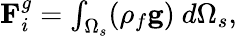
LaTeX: \begin{array}{r}{\textbf{F}_{i}^{g}=\int_{\Omega_{s}}(\rho_{f}\textbf{g})~d\Omega_{s},}\end{array}